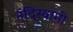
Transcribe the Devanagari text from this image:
नंदिस्वामी